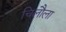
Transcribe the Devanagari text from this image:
चिलौला